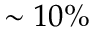
\sim 1 0 \%